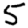
Digit: 5